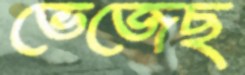
ভেজেছ